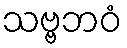
သဗ္ဗဘဝံ